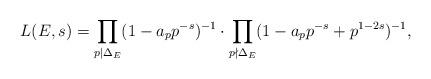
LaTeX: \begin{align*}L(E,s)=\prod_{p| \Delta_E} (1-a_p p^{-s})^{-1}\cdot \prod_{{p \nmid} \Delta_E} (1-a_pp^{-s}+p^{1-2s})^{-1},\end{align*}